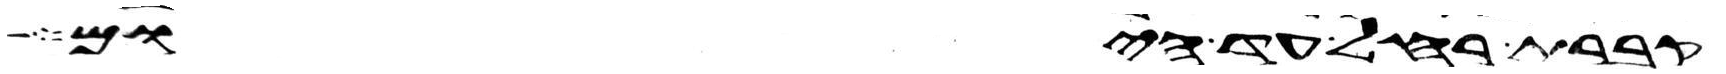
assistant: קברת רחל עד היום